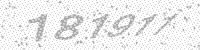
Solution: 181911